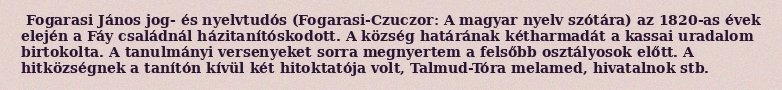
Fogarasi János jog- és nyelvtudós (Fogarasi-Czuczor: A magyar nyelv szótára) az 1820-as évek elején a Fáy családnál házitanítóskodott. A község határának kétharmadát a kassai uradalom birtokolta. A tanulmányi versenyeket sorra megnyertem a felsőbb osztályosok előtt. A hitközségnek a tanítón kívül két hitoktatója volt, Talmud-Tóra melamed, hivatalnok stb.